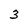
Character: 3